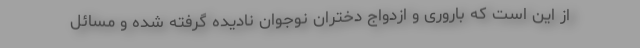
از این است که باروری و ازدواج دختران نوجوان نادیده گرفته شده و مسائل